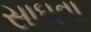
સાઘવા